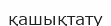
қашықтату